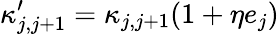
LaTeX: \kappa_{j,j+1}^{\prime}=\kappa_{j,j+1}(1+\eta e_{j})